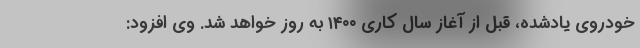
خودروی یادشده، قبل از آغاز سال کاری ۱۴۰۰ به روز خواهد شد. وی افزود: